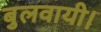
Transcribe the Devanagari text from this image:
बुलवायी।